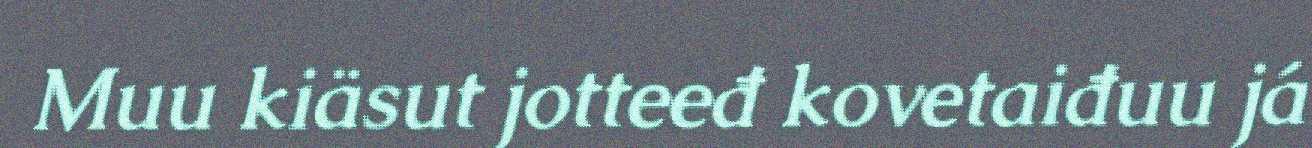
Muu kiäsut jotteeđ kovetaiđuu já